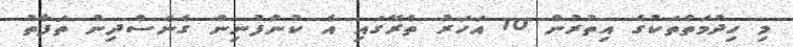
މި ހިދުމަތްތަކުގެ އިތުރުން 10 އަހަރު ތެރޭގައި އެ ކުންފުނިން ގެނެސްދިން ތަފާތު